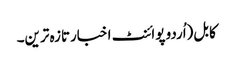
کابل(اُردو پوائنٹ اخبارتازہ ترین۔